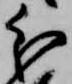
分